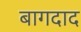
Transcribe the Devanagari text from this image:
बागदाद